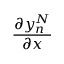
\frac { \partial y _ { n } ^ { N } } { \partial x }